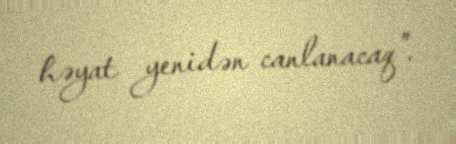
həyat yenidən canlanacaq”.